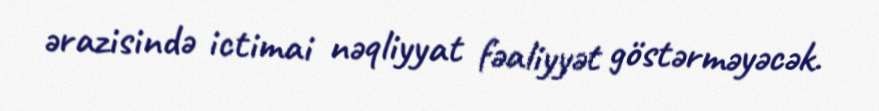
ərazisində ictimai nəqliyyat fəaliyyət göstərməyəcək.